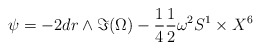
\begin{align*} \psi = - 2 dr \wedge \Im (\Omega) - \frac{1}{4} \frac{1}{2} \omega^2 S^1 \times X^6\end{align*}